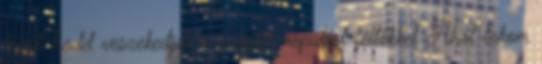
kicsit hadd veszekedjek a polgári repülést féltőkkel Ahol lakom